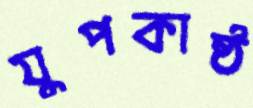
যুপকাষ্ঠ